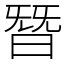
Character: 朁